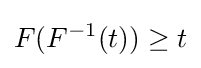
F(F^{-1}(t))\geq t